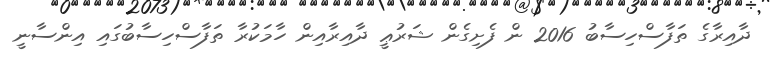
ދާއިރާގެ ތަފާސްހިސާބު 2016 ން ފެށިގެން ޝަރުޢީ ދާއިރާއިން ހާމަކުރާ ތަފާސްހިސާބުގައި އިންސާނީ